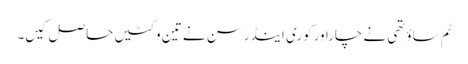
ٹم ساؤتھی نے چاراورکوری اینڈرسن نے تین وکٹیں حاصل کیں۔